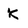
Character: k